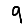
Digit: 9